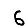
Digit: 6